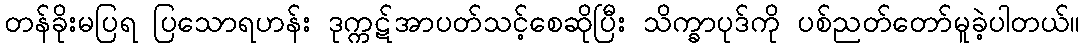
တန်ခိုးမပြရ ပြသောရဟန်း ဒုက္ကဋ်အာပတ်သင့်စေဆိုပြီး သိက္ခာပုဒ်ကို ပစ်ညတ်တော်မူခဲ့ပါတယ်။